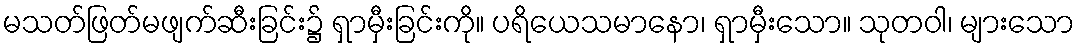
မသတ်ဖြတ်မဖျက်ဆီးခြင်း၌ ရှာမှီးခြင်းကို။ ပရိယေသမာနော၊ ရှာမှီးသော။ သုတဝါ၊ များသော